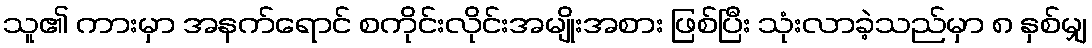
သူ၏ ကားမှာ အနက်ရောင် စကိုင်းလိုင်းအမျိုးအစား ဖြစ်ပြီး သုံးလာခဲ့သည်မှာ ၈ နှစ်မျှ